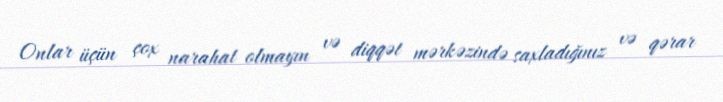
Onlar üçün çox narahat olmayın və diqqət mərkəzində saxladığınız və qərar